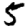
Digit: 5